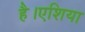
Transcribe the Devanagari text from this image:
है।एशिया